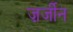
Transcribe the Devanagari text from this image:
ज़र्जीन